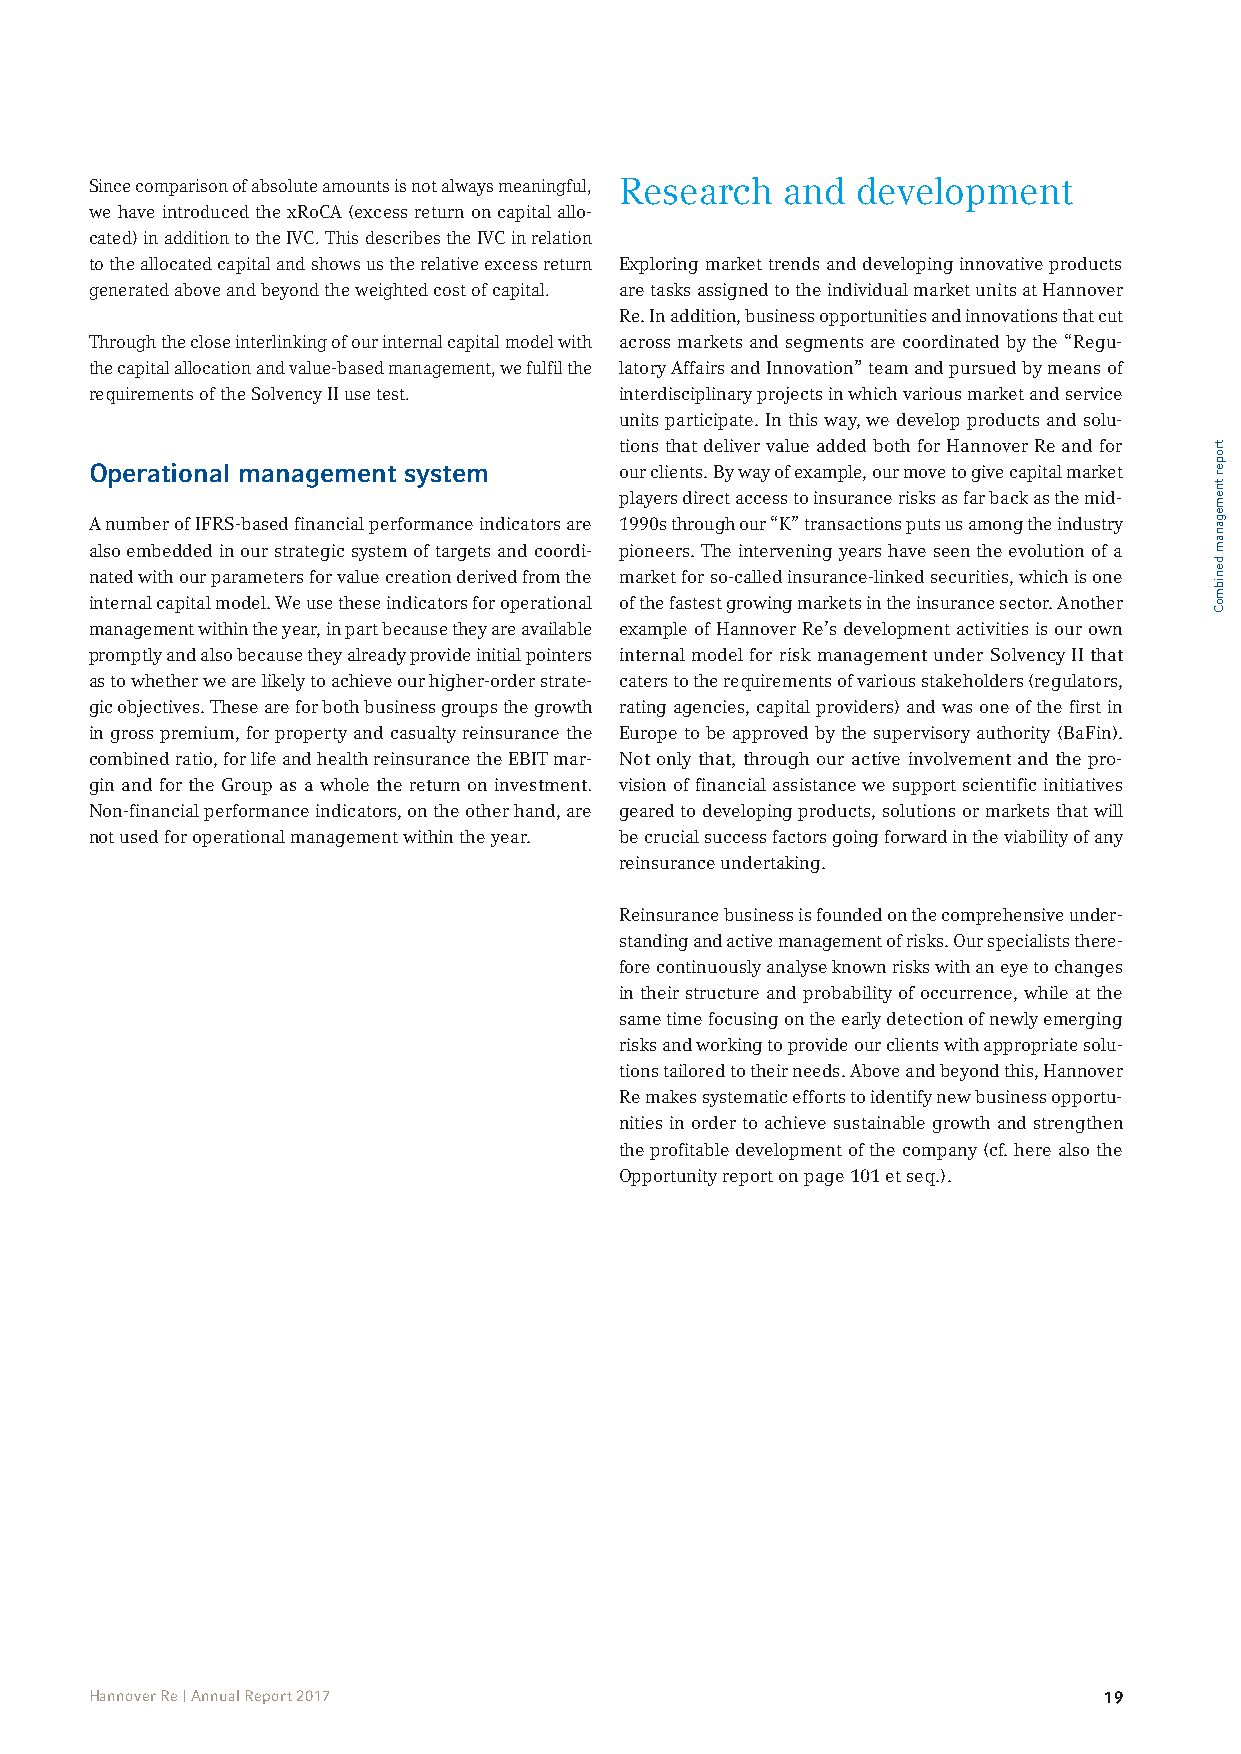
Since comparison of absolute amounts is not always meaningful, Research and development
 we have introduced the xRoCA (excess return on capital allo-
 cated) in addition to the IVC. This describes the IVC in relation
 to the allocated capital and shows us the relative excess return Exploring market trends and developing innovative products
 generated above and beyond the weighted cost of capital. are tasks assigned to the individual market units at Hannover
 Re. In addition, business opportunities and innovations that cut
 Through the close interlinking of our internal capital model with across markets and segments are coordinated by the “Regu-
 the capital allocation and value-based management, we fulfil the latory Affairs and Innovation” team and pursued by means of
 requirements of the Solvency II use test. interdisciplinary projects in which various market and service
 units participate. In this way, we develop products and solu-
 tions that deliver value added both for Hannover Re and for
 Operational management system      our clients. By way of example, our move to give capital market
 players direct access to insurance risks as far back as the mid-
 A number of IFRS-based financial performance indicators are 1990s through our “K” transactions puts us among the industry
 also embedded in our strategic system of targets and coordi- pioneers. The intervening years have seen the evolution of a
 nated with our parameters for value creation derived from the market for so-called insurance-linked securities, which is one
 internal capital model. We use these indicators for operational of the fastest growing markets in the insurance sector. Another
 management within the year, in part because they are available example of Hannover Re’s development activities is our own
 promptly and also because they already provide initial pointers internal model for risk management under Solvency II that
 as to whether we are likely to achieve our higher-order strate- caters to the requirements of various stakeholders (regulators,
 gic objectives. These are for both business groups the growth rating agencies, capital providers) and was one of the first in
 in gross premium, for property and casualty reinsurance the Europe to be approved by the supervisory authority (BaFin).
 combined ratio, for life and health reinsurance the EBIT mar- Not only that, through our active involvement and the pro-
 gin and for the Group as a whole the return on investment. vision of financial assistance we support scientific initiatives
 Non-financial performance indicators, on the other hand, are geared to developing products, solutions or markets that will
 not used for operational management within the year. be crucial success factors going forward in the viability of any
 reinsurance undertaking.
 Reinsurance business is founded on the comprehensive under-
 standing and active management of risks. Our specialists there-
 fore continuously analyse known risks with an eye to changes
 in their structure and probability of occurrence, while at the
 same time focusing on the early detection of newly emerging
 risks and working to provide our clients with appropriate solu-
 tions tailored to their needs. Above and beyond this, Hannover
 Re makes systematic efforts to identify new business opportu-
 nities in order to achieve sustainable growth and strengthen
 the profitable development of the company (cf. here also the
 Opportunity report on page 101 et seq.).
 Hannover Re | Annual Report 2017                                   19
 troper
 tnemeganam
 denibmoC